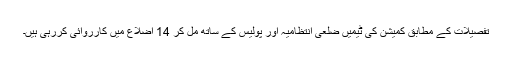
تفصیلات کے مطابق کمیشن کی ٹیمیں ضلعی انتظامیہ اور پولیس کے ساتھ مل کر 14 اضلاع میں کارروائی کررہی ہیں۔